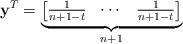
LaTeX: \begin{align*}\mathbf{y}^T = \underbrace{\begin{bmatrix}\frac{1}{n+1-t}& \cdots & \frac{1}{n+1-t}\end{bmatrix}}_{n+1}\end{align*}